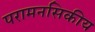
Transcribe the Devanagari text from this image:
परामनसिकीय